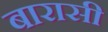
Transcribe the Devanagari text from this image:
बारासी